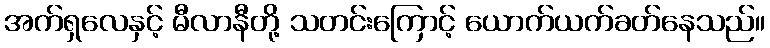
အက်ရှလေနှင့် မီလာနီတို့ သတင်းကြောင့် ယောက်ယက်ခတ်နေသည်။